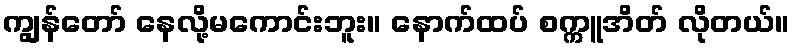
ကျွန်တော် နေလို့မကောင်းဘူး။ နောက်ထပ် စက္ကူအိတ် လိုတယ်။